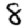
Digit: 8